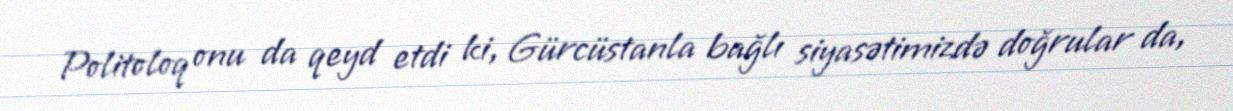
Politoloq onu da qeyd etdi ki, Gürcüstanla bağlı siyasətimizdə doğrular da,